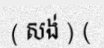
( សង់ ) (